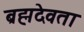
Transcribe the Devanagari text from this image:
ब्रह्मदेवता